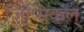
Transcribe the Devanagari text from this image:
जिप्सिकल्